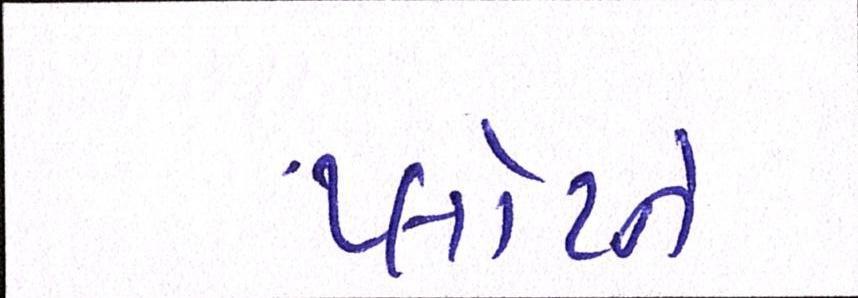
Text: પ્લોટને